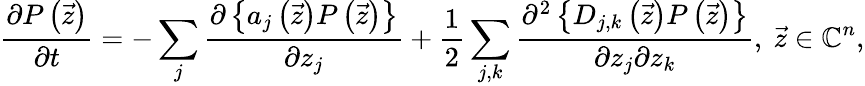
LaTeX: \frac{\partial P\left(\vec{z}\right)}{\partial t}=-\sum_{j}\frac{\partial\left\{ a_{j}\left(\vec{z}\right)P\left(\vec{z}\right)\right\} }{\partial z_{j}}+\frac{1}{2}\sum_{j,k}\frac{\partial^{2}\left\{ D_{j,k}\left(\vec{z}\right)P\left(\vec{z}\right)\right\} }{\partial z_{j}\partial z_{k}},\ \vec{z}\in\mathbb{C}^{n},